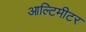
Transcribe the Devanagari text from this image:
आल्टिमीटर